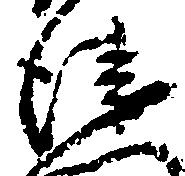
衛